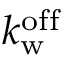
k _ { \mathrm { w } } ^ { \mathrm { o f f } }